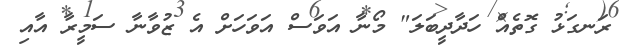
ރަނގަޅު ގޮތެއް ހަދާދީބަލަ" މޯނާ އަވަސް އަވަހަށް އެ ޒުވާނާ ސަމީރާ އާއި